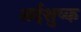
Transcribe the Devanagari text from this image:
अर्दशुष्क